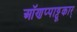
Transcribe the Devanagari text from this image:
ऑणप्पाट्टू़कार्